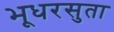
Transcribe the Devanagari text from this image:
भूधरसुता